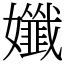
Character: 孅